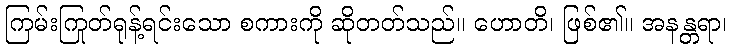
ကြမ်းကြုတ်ရုန့်ရင်းသော စကားကို ဆိုတတ်သည်။ ဟောတိ၊ ဖြစ်၏။ အနန္တရာ၊